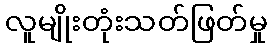
လူမျိုးတုံးသတ်ဖြတ်မှု